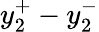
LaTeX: y_{2}^{+}-y_{2}^{-}